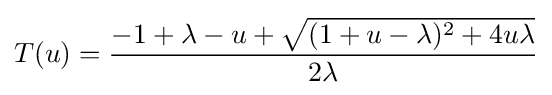
T(u)={\frac {-1+\lambda -u+{\sqrt {(1+u-\lambda )^{2}+4u\lambda }}}{2\lambda }}